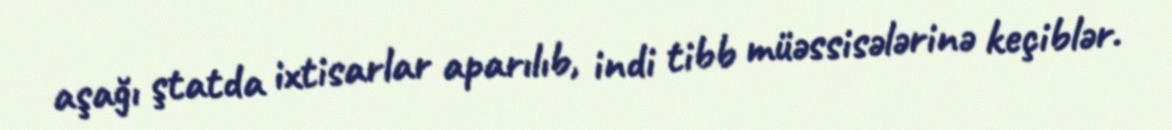
aşağı ştatda ixtisarlar aparılıb, indi tibb müəssisələrinə keçiblər.